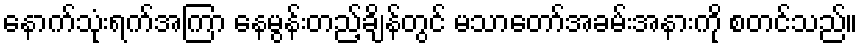
နောက်သုံးရက်အကြာ နေမွန်းတည့်ချိန်တွင် မသာတော်အခမ်းအနားကို စတင်သည်။